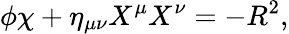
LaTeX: \phi\chi+\eta_{\mu\nu}X^{\mu}X^{\nu}=-R^{2},